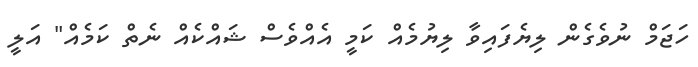
ހަޖަމް ނުވެގެން ލިޔެފައިވާ ލިޔުމެއް ކަމީ އެއްވެސް ޝައްކެއް ނެތް ކަމެއް" އަލީ